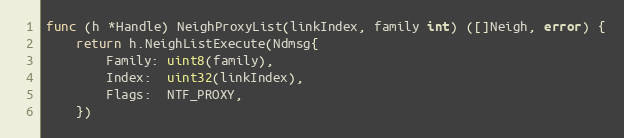
Language: Go
func (h *Handle) NeighProxyList(linkIndex, family int) ([]Neigh, error) {
	return h.NeighListExecute(Ndmsg{
		Family: uint8(family),
		Index:  uint32(linkIndex),
		Flags:  NTF_PROXY,
	})